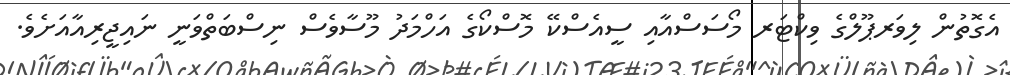
އެގޮތުން ލިވަރޕޫލްގެ ވިކްޓަރ މޯސަސްއާއި ސީއެސްކޭ މޮސްކޯގެ އަހްމަދު މޫސާވެސް ނިސްބަތްވަނީ ނައިޖީރިއާއަށެވެ.